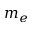
m _ { e }